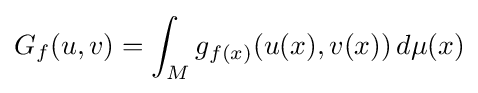
G_{f}(u,v)=\int _{M}g_{f(x)}(u(x),v(x))\,d\mu (x)